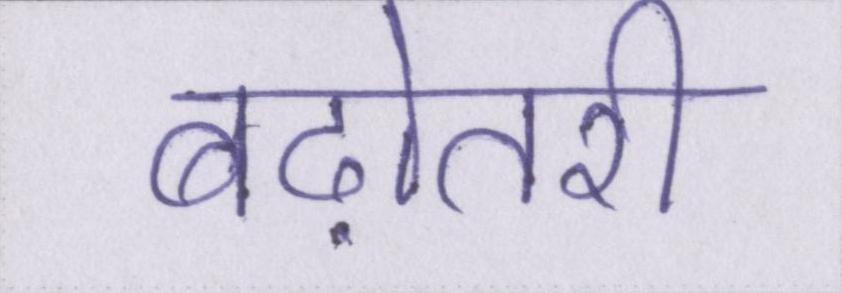
बढ़ोतरी